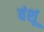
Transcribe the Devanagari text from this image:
वंशू